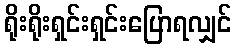
ရိုးရိုးရှင်းရှင်းပြောရလျှင်